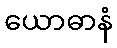
ယောဓာနံ